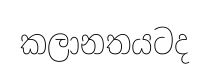
කලානතයටද